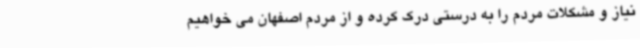
نیاز و مشکلات مردم را به درستی درک کرده و از مردم اصفهان می خواهیم